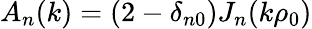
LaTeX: A_{n}(k)=(2-\delta_{n0})J_{n}(k\rho_{0})